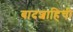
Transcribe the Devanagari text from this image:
बादशाहिची